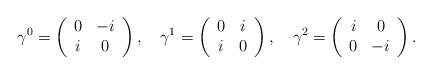
LaTeX: \begin{align*}\gamma^{0}=\left(\begin{array}{cc} 0 & {-i}\\i & {0}\end{array}\right),\quad\gamma^{1}=\left(\begin{array}{cc} 0 & {i}\\i & {0}\end{array}\right),\quad\gamma^{2}=\left(\begin{array}{cc} i & {0}\\0 & {-i}\end{array}\right).\end{align*}